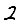
Digit: 2